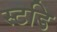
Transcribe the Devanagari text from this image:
स्टडि